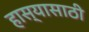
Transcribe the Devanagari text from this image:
हास्यासाठी